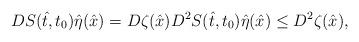
LaTeX: \begin{align*}D S(\hat t, t_0) \hat \eta(\hat x) = D\zeta(\hat x) D^2 S(\hat t,t_0) \hat \eta(\hat x) \le D^2 \zeta(\hat x),\end{align*}